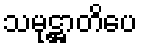
သမုဋ္ဌာတိပေ